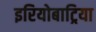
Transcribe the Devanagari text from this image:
इरियोबाट्रिया